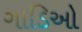
ગાડિઓ